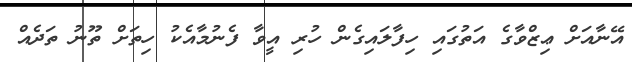
އޭނާއަށް ޢިޒްވާގެ އަތުގައި ހިފާލައިގެން ހުރި އީވާ ފެނުމާއެކު ހިތަށް ތޫނު ތަދެއް